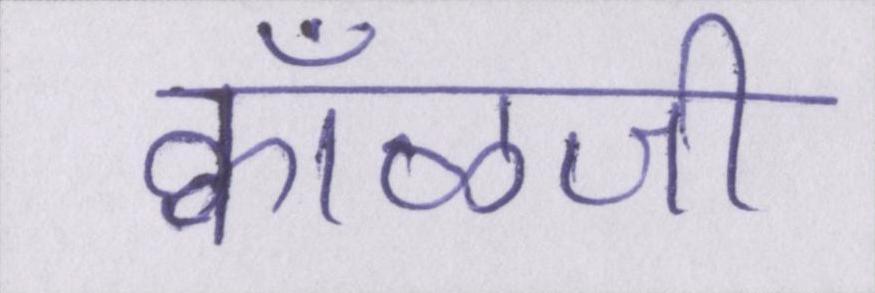
क्वाँळजी